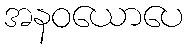
အနဝယောပေ